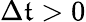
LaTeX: \Delta\mathfrak{t}>0